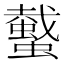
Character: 𧓤